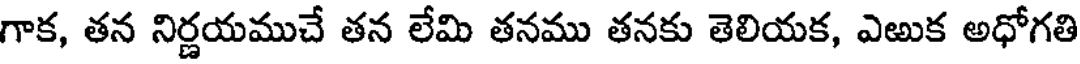
గాక, తన నిర్ణయముచే తన లేమి తనము తనకు తెలియక, ఎఱుక అధోగతి